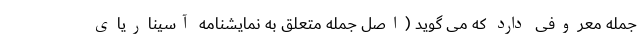
جمله معروفی دارد که می گوید (اصل جمله متعلق به نمایشنامه آسیناریای